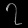
Digit: ၇